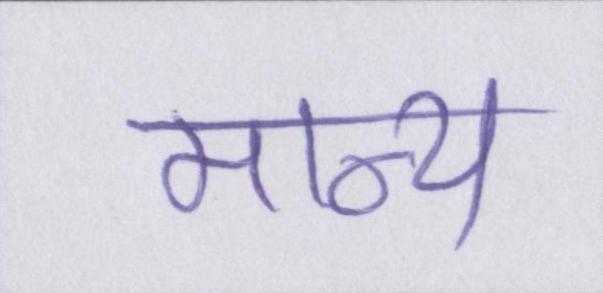
मान्य